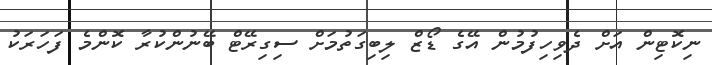
ނިކޮޓިން އަށް ދެވިހިފުމުން އޭގެ ޑޯޒް ލިބިގަތުމަށް ސިގިރޭޓް ބޭނުންކުރާ ކޮންމެ ފަހަރަކު